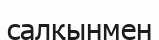
салқынмен